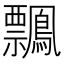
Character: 𪇃